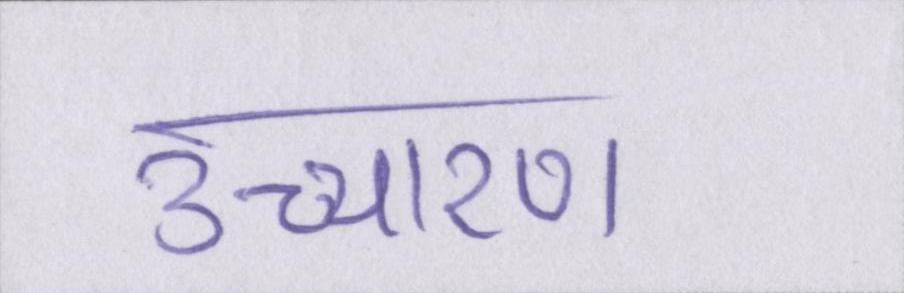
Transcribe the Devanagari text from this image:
उच्चारण